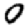
Digit: 0